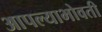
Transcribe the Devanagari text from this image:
आपल्याभोवती